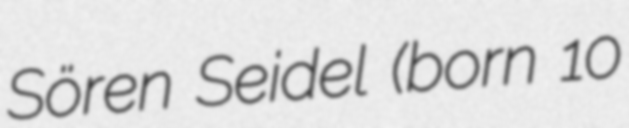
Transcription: Sören Seidel (born 10